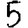
Digit: 5